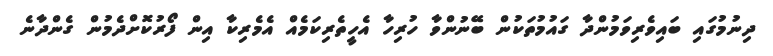
ދިނުމުގައި ބައިވެރިވަމުންދާ ގައުމުތަކުން ބޭނުންވާ ހުރިހާ އެހީތެރިކަމެއް އެމެރިކާ އިން ފޯރުކޮށްދެމުން ގެންދާނެ